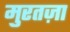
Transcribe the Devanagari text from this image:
मुरतज़ा